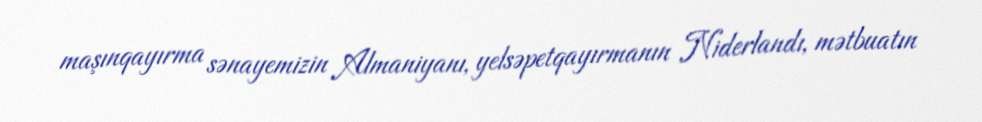
maşınqayırma sənayemizin Almaniyanı, yelsəpetqayırmanın Niderlandı, mətbuatın